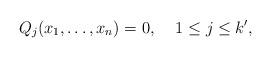
LaTeX: \begin{align*} Q_j(x_1,\dotsc,x_n) = 0,\;\;\;\; 1\leq j\leq k',\end{align*}